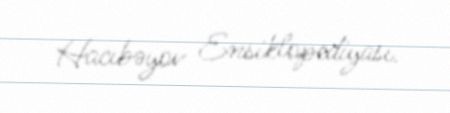
Hacıbəyov Ensiklopediyası.